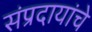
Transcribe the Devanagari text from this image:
संप्रदायांचे